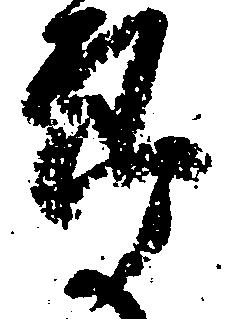
郎